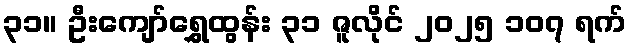
၃၁။ ဦးကျော်ရွှေထွန်း ၃၁ ဇူလိုင် ၂၀၂၅ ၁၀၇ ရက်